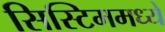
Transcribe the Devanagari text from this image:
सिस्टिममध्ये